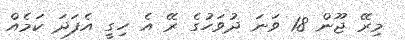
މިރޭ ޖޫން 18 ވަނަ ދުވަހުގެ ރޭ އެ ހިގީ އެފަދަ ކަމެއް